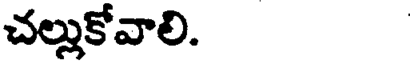
చల్లుకోవాలి.